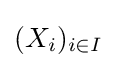
(X_{i})_{i\in I}